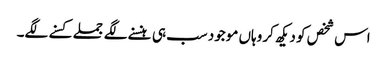
اس شخص کو دیکھ کر وہاں موجود سب ہی ہنسنے لگے جملے کسنے لگے۔